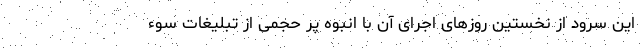
این سرود از نخستین روزهای اجرای آن با انبوه پر حجمی از تبلیغات سوء